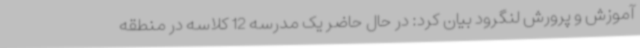
آموزش و پرورش لنگرود بیان کرد: در حال حاضر یک مدرسه 12 کلاسه در منطقه